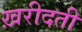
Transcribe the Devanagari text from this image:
ख़रीदती